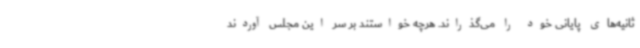
ثانیه‌های پایانی خود را می‌گذراند. هرچه خواستند بر سر این مجلس آوردند